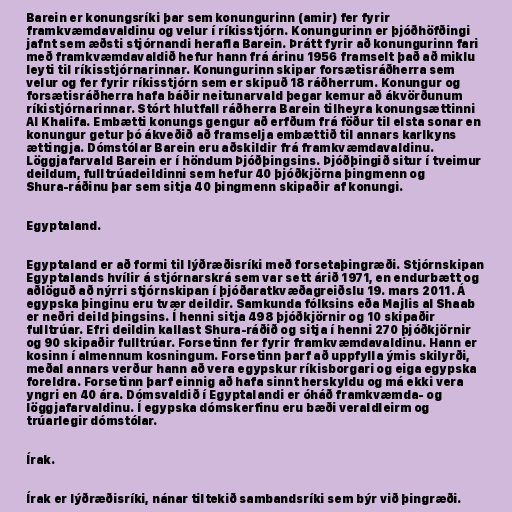
Barein er konungsríki þar sem konungurinn (amir) fer fyrir
framkvæmdavaldinu og velur í ríkisstjórn. Konungurinn er þjóðhöfðingi
jafnt sem æðsti stjórnandi herafla Barein. Þrátt fyrir að konungurinn fari
með framkvæmdavaldið hefur hann frá árinu 1956 framselt það að miklu
leyti til ríkisstjórnarinnar. Konungurinn skipar forsætisráðherra sem
velur og fer fyrir ríkisstjórn sem er skipuð 18 ráðherrum. Konungur og
forsætisráðherra hafa báðir neitunarvald þegar kemur að ákvörðunum
ríkistjórnarinnar. Stórt hlutfall ráðherra Barein tilheyra konungsættinni
Al Khalifa. Embætti konungs gengur að erfðum frá föður til elsta sonar en
konungur getur þó ákveðið að framselja embættið til annars karlkyns
ættingja. Dómstólar Barein eru aðskildir frá framkvæmdavaldinu.
Löggjafarvald Barein er í höndum Þjóðþingsins. Þjóðþingið situr í tveimur
deildum, fulltrúadeildinni sem hefur 40 þjóðkjörna þingmenn og
Shura-ráðinu þar sem sitja 40 þingmenn skipaðir af konungi.

Egyptaland.

Egyptaland er að formi til lýðræðisríki með forsetaþingræði. Stjórnskipan
Egyptalands hvílir á stjórnarskrá sem var sett árið 1971, en endurbætt og
aðlöguð að nýrri stjórnskipan í þjóðaratkvæðagreiðslu 19. mars 2011. Á
egypska þinginu eru tvær deildir. Samkunda fólksins eða Majlis al Shaab
er neðri deild þingsins. Í henni sitja 498 þjóðkjörnir og 10 skipaðir
fulltrúar. Efri deildin kallast Shura-ráðið og sitja í henni 270 þjóðkjörnir
og 90 skipaðir fulltrúar. Forsetinn fer fyrir framkvæmdavaldinu. Hann er
kosinn í almennum kosningum. Forsetinn þarf að uppfylla ýmis skilyrði,
meðal annars verður hann að vera egypskur ríkisborgari og eiga egypska
foreldra. Forsetinn þarf einnig að hafa sinnt herskyldu og má ekki vera
yngri en 40 ára. Dómsvaldið í Egyptalandi er óháð framkvæmda- og
löggjafarvaldinu. Í egypska dómskerfinu eru bæði veraldleirm og
trúarlegir dómstólar.

Írak.

Írak er lýðræðisríki, nánar tiltekið sambandsríki sem býr við þingræði.